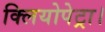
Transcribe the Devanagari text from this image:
क्लियोपेट्रा।